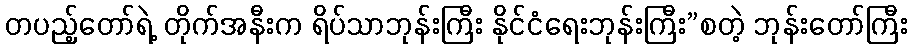
တပည့်တော်ရဲ့ တိုက်အနီးက ရိပ်သာဘုန်းကြီး နိုင်ငံရေးဘုန်းကြီး”စတဲ့ ဘုန်းတော်ကြီး